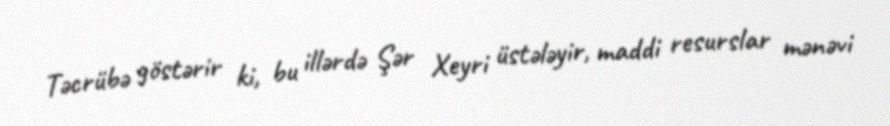
Təcrübə göstərir ki, bu illərdə Şər Xeyri üstələyir, maddi resurslar mənəvi